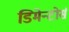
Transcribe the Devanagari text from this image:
डिमेन्टोर्स